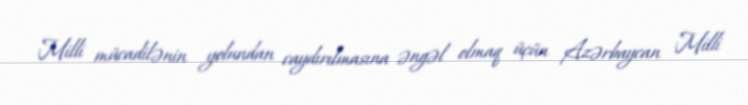
Milli mücadilənin yolundan caydırılmasına əngəl olmaq üçün Azərbaycan Milli